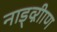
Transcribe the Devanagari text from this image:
नाड्व्ऱीाण